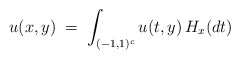
\begin{align*}u(x,y) \; =\; \int_{(-1,1)^c} u(t,y) \, H_x(dt)\end{align*}